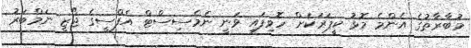
މުބާރާތުގެ އެންމެ މޮޅު ކީޕަރަކަށް ހޮވިފައި ވަނީ ނެމެސިސްޓް އެފްސީގެ ޖޯޒީ ނަމްބަރު